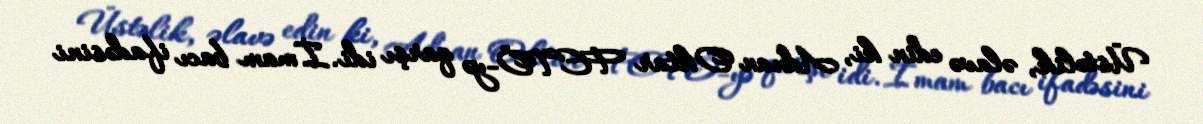
Üstəlik, əlavə edin ki, Adnan Oktar FETÖ-yə qarşı idi. İmam bacı ifadəsini